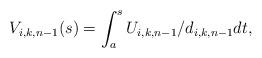
LaTeX: \begin{align*}V_{i,k,n-1}(s)=\int_a^s U_{i,k,n-1}/d_{i,k,n-1}dt, \end{align*}